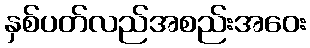
နှစ်ပတ်လည်အစည်းအဝေး